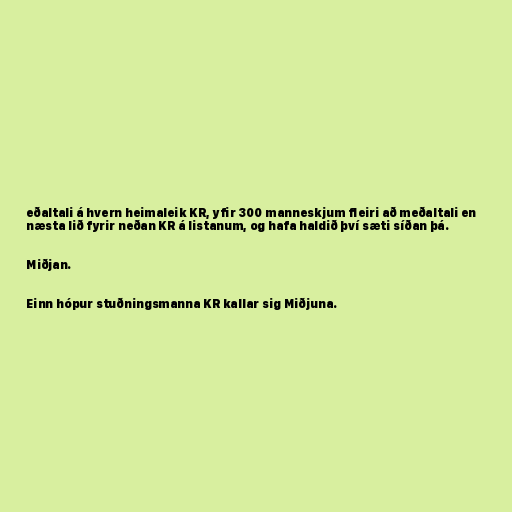
eðaltali á hvern heimaleik KR, yfir 300 manneskjum fleiri að meðaltali en
næsta lið fyrir neðan KR á listanum, og hafa haldið því sæti síðan þá.

Miðjan.

Einn hópur stuðningsmanna KR kallar sig Miðjuna.